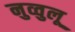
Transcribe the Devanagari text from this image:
नुव्वुलू